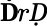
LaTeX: \mathbf ḊrḌ